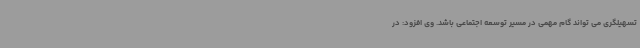
تسهیلگری می تواند گام مهمی در مسیر توسعه اجتماعی باشد. وی افزود: در